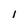
Character: 1